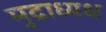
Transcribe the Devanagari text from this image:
मुद्राध्यक्ष